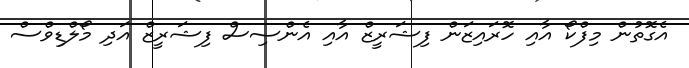
އެގޮތުން މިފްކޯ އާއި ހޮރައިޒަން ފިޝަރީޒް އާއި އެންސިސް ފިޝަރީޒް އަދި މޯލްޑިވްސް